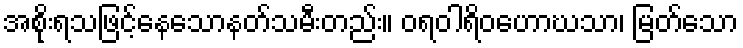
အစိုးရသဖြင့်နေသောနတ်သမီးတည်း။ ဝရဝါရိဝဟောဃသာ၊ မြတ်သော